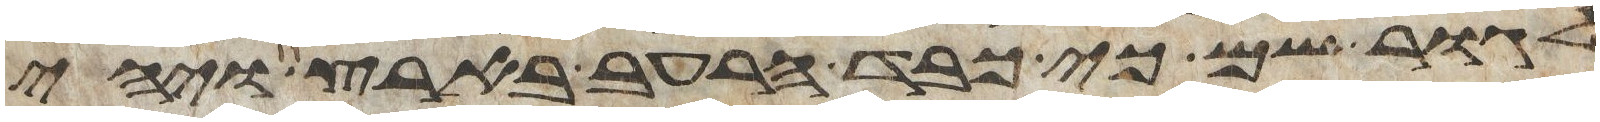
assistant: לגור שם כי כבד הרעב בארץ ויהי